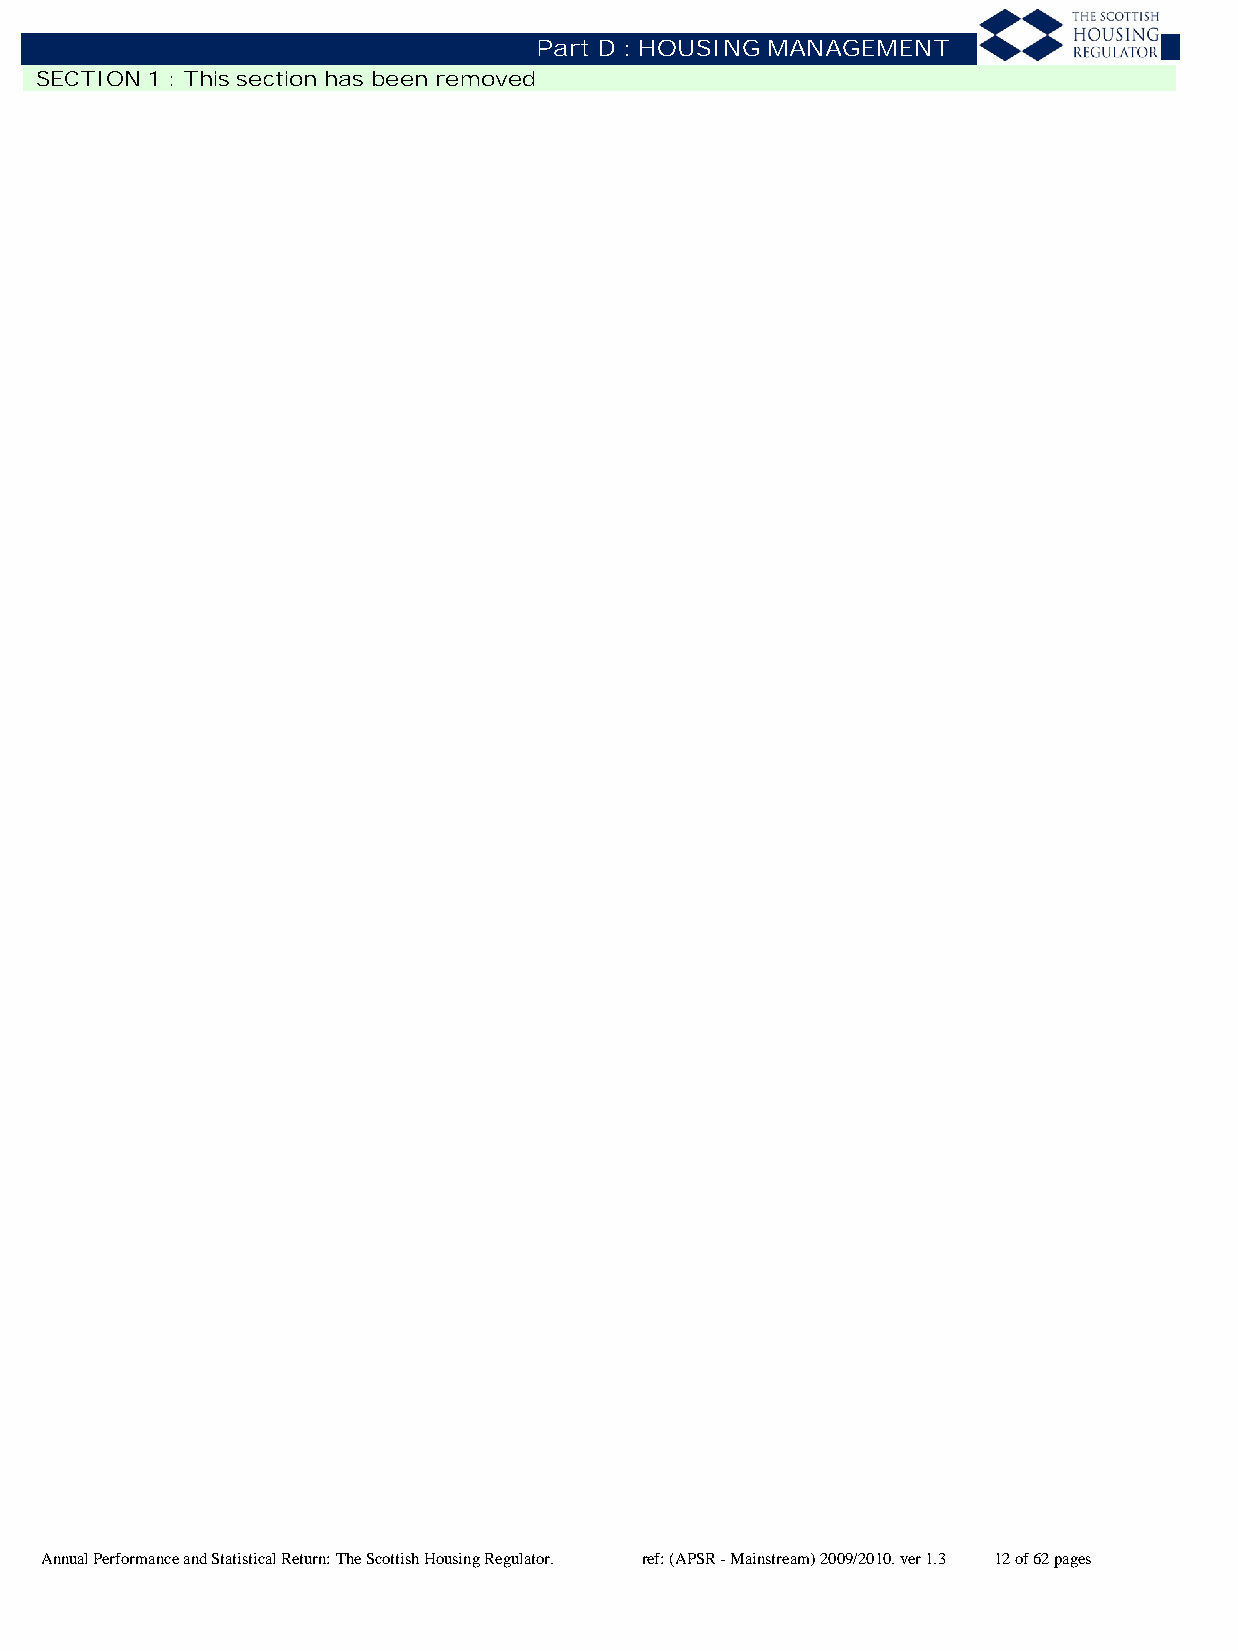
Part D : HOUSING MANAGEMENT
 SECTION 1 : This section has been removed
 Annual Performance and Statistical Return: The Scottish Housing Regulator. ref: (APSR - Mainstream) 2009/2010. ver 1.3 12 of 62 pages